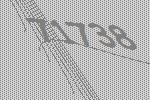
71738